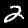
Digit: 2